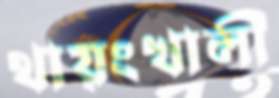
থায়ংখালী